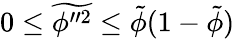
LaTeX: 0\leq\widetilde{\phi^{\prime\prime 2}}\leq\tilde{\phi}(1-\tilde{\phi})